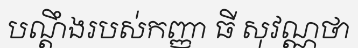
បណ្តឹងរបស់កញ្ញា ធី សុវណ្ណថា